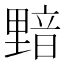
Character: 𰼝